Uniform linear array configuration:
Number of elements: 4
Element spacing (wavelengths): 0.75
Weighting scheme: cosine
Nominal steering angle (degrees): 0
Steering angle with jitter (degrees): -1.074
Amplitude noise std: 0.05
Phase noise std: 0.05

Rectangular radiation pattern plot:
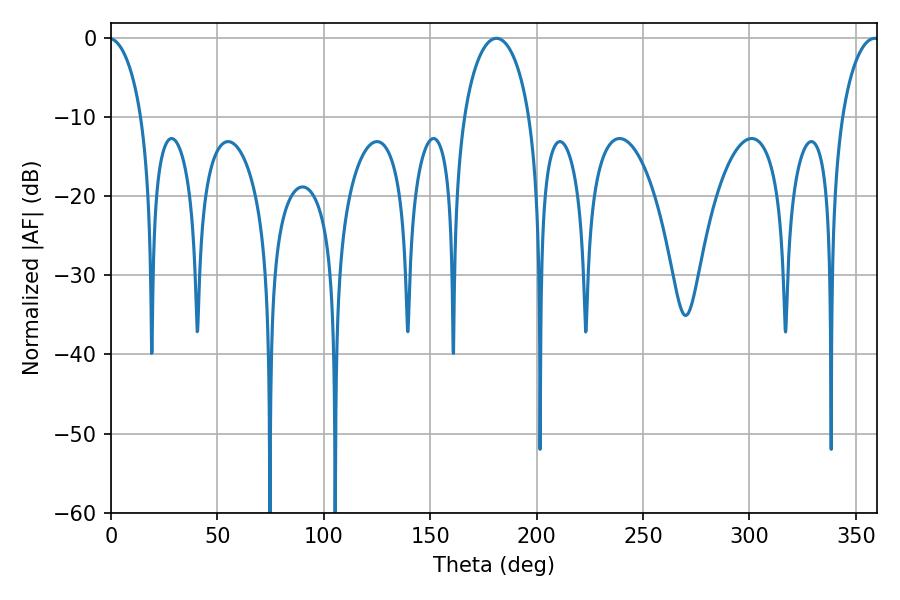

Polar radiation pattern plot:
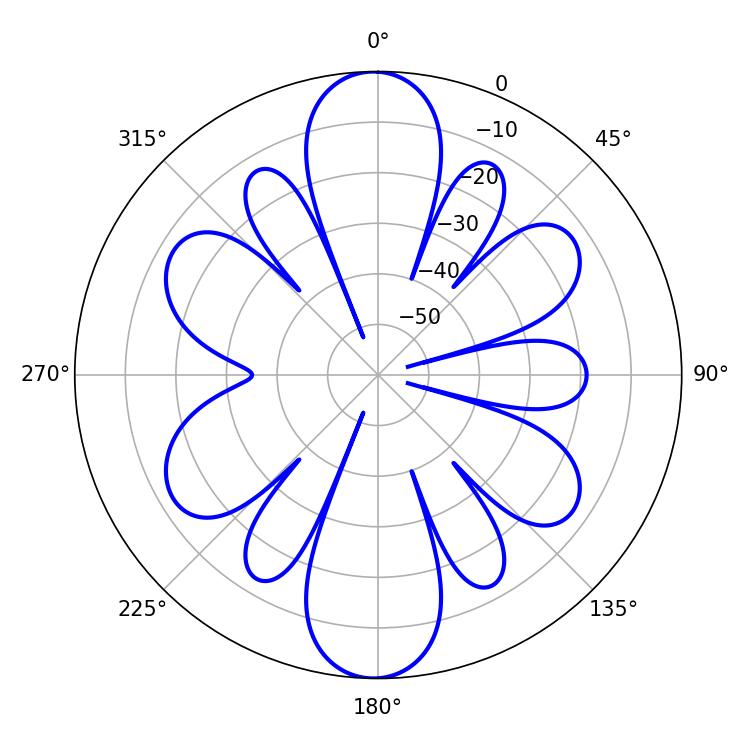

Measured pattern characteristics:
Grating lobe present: TRUE
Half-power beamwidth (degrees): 17.82
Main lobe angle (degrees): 181.08